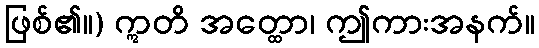
ဖြစ်၏။) ဣတိ အတ္ထော၊ ဤကားအနက်။